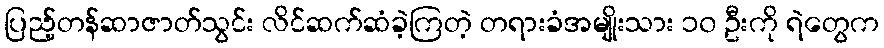
ပြည့်တန်ဆာဇာတ်သွင်း လိင်ဆက်ဆံခဲ့ကြတဲ့ တရားခံအမျိုးသား ၁၀ ဦးကို ရဲတွေက